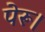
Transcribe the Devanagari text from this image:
पेरू।